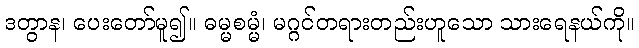
ဒတွာန၊ ပေးတော်မူ၍။ ဓမ္မစမ္မံ၊ မဂ္ဂင်တရားတည်းဟူသော သားရေနယ်ကို။